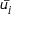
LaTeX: \bar { u _ { i } }